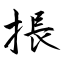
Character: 掁